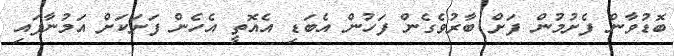
ބޮޑުވާން ފެށުމުން ފަށް ބާރުވެގެން ފަހުން އެބަޑި އެއޮތީ އެހެން ފަށަކަށް އަމުނާފައި